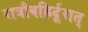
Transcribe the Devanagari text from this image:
रात्रौवह्रिर्दूरात्